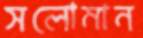
সলোমান